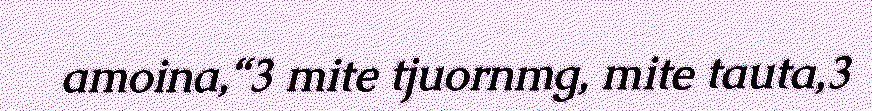
amoina,“3 mite tjuornmg, mite tauta,3